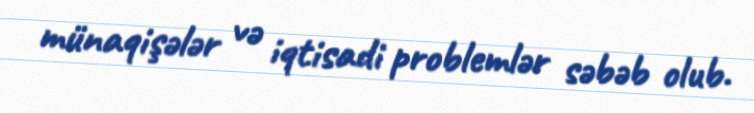
münaqişələr və iqtisadi problemlər səbəb olub.